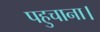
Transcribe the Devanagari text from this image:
पहुचाना।